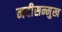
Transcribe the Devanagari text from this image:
नदीसन्मुख